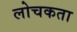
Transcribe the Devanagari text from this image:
लोचकता